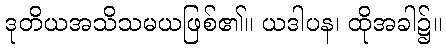
ဒုတိယအသိသမယဖြစ်၏။ ယဒါပန၊ ထိုအခါ၌။